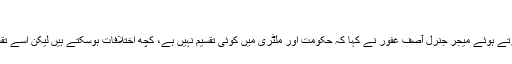
‘
راولپنڈی میں پریس کانفرنس کرتے ہوئے میجر جنرل آصف غفور نے کہا کہ حکومت اور ملٹری میں کوئی تقسیم نہیں ہے، کچھ اختلافات ہوسکتے ہیں لیکن اسے تقسیم سے تعبیر نہیں کرنا چاہیے۔